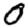
Digit: 0